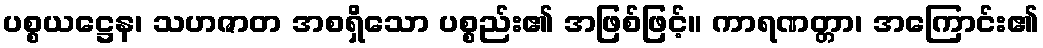
ပစ္စယဋ္ဌေန၊ သဟဇာတ အစရှိသော ပစ္စည်း၏ အဖြစ်ဖြင့်။ ကာရဏတ္တာ၊ အကြောင်း၏